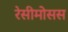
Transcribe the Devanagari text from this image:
रेसीमोसस